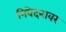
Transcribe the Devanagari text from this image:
निवेदनावर